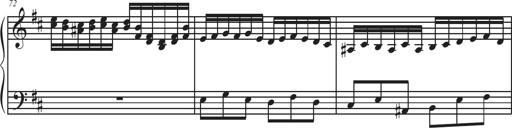
Title: Sonatina Espania
Composer: Jerald Franklin Archer
Key: Various